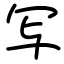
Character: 写